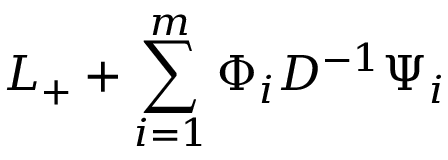
L _ { + } + \sum _ { i = 1 } ^ { m } \Phi _ { i } D ^ { - 1 } \Psi _ { i }